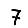
Digit: 7